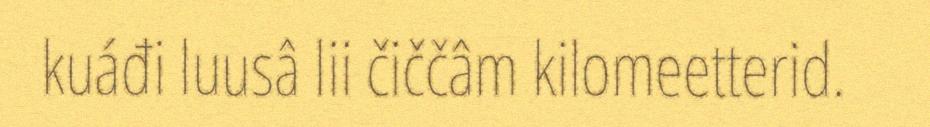
kuáđi luusâ lii čiččâm kilomeetterid.